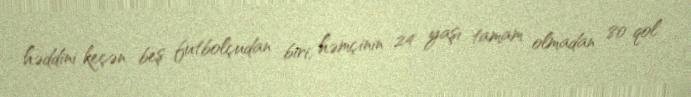
həddini keçən beş futbolçudan biri, həmçinin 24 yaşı tamam olmadan 80 qol